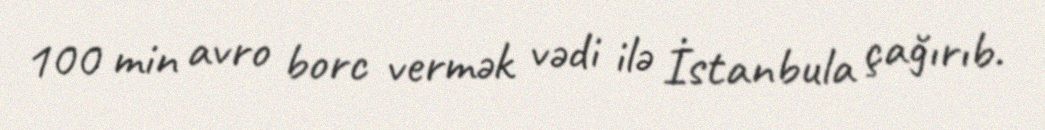
100 min avro borc vermək vədi ilə İstanbula çağırıb.